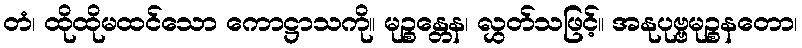
တံ၊ ထိုထိုမထင်သော ကောဋ္ဌာသကို။ မုဉ္စန္တေန၊ လွှတ်သဖြင့်။ အနုပုဗ္ဗမုဉ္စနတော၊